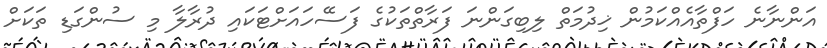
އަންނާނެ ހަފްތާއެއްކަމުން ޚިދުމަތް ލިބިގަންނަ ފަރާތްތަކުގެ ފަސޭހައަށްޓަކައި ދުރާލާ މި ސުންގަޑި ތަކަށް